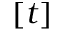
[ t ]